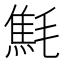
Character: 㲬